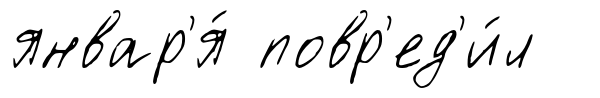
январ'я́ повр'ед'и́л